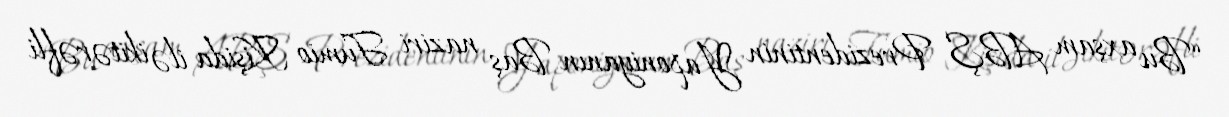
“Bu axşam ABŞ Prezidentinin Yaponiyanın Baş naziri Fumio Kişida ilə ikitərəfli